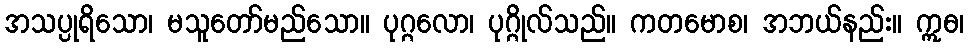
အသပ္ပုရိသော၊ မသူတော်မည်သော။ ပုဂ္ဂလော၊ ပုဂ္ဂိုလ်သည်။ ကတမောစ၊ အဘယ်နည်း။ ဣဓ၊